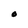
Character: O